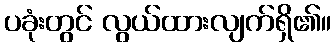
ပခုံးတွင် လွယ်ထားလျက်ရှိ၏။